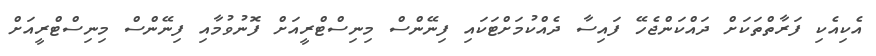
އެކިއެކި ފަރާތްތަކަށް ދައްކަންޖެހޭ ފައިސާ ދެއްކުމަށްޓަކައި ފިނޭންސް މިނިސްޓްރީއަށް ފޮނުވުމާއި ފިނޭންސް މިނިސްޓްރީއަށް